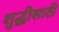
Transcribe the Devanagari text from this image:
शुद्धीसाठी